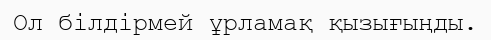
Ол білдірмей ұрламақ қызығыңды.